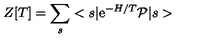
Z [ T ] = \sum _ { s } < s \vert \mathrm { e } ^ { - H / T } { \cal P } \vert s >